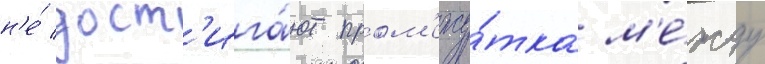
н'е́ дост'ига́ют пром'ежу́тка м'е́жду